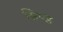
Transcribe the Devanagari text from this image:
सिण्ड